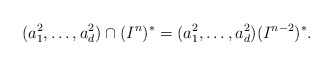
\begin{align*}(a_1^2, \dots, a_d^2)\cap (I^n)^*=(a_1^2, \dots, a_d^2)(I^{n-2})^*.\end{align*}